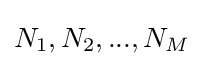
N_{1},N_{2},...,N_{M}